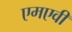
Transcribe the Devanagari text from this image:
एमएवी